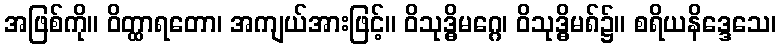
အဖြစ်ကို။ ဝိတ္ထာရတော၊ အကျယ်အားဖြင့်။ ဝိသုဒ္ဓိမဂ္ဂေ၊ ဝိသုဒ္ဓိမ၈်၌။ စရိယနိဒ္ဒေသေ၊